Indian journal of veterinary science and animal husbandry - Volume 9,
Year: 1939
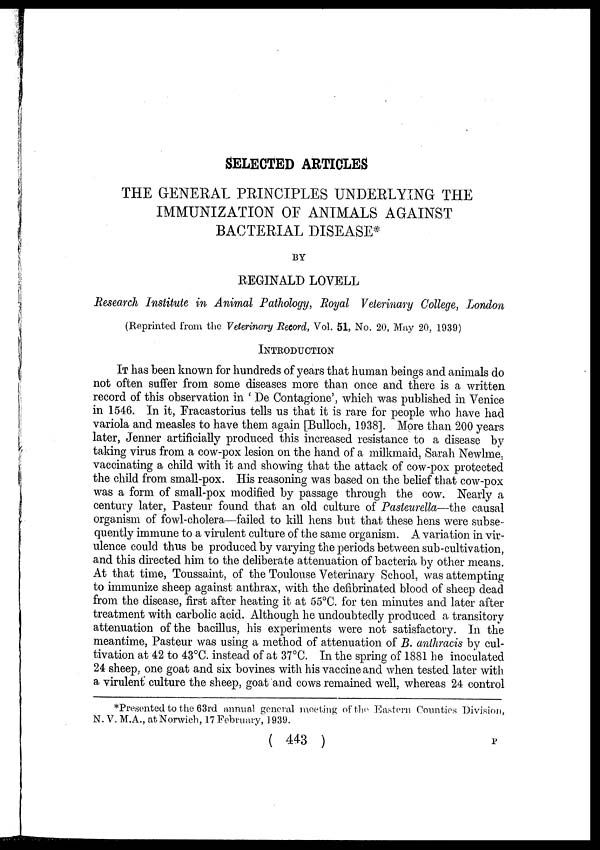
SELECTED ARTICLES
THE GENERAL PRINCIPLES UNDERLYING THE
IMMUNIZATION OF ANIMALS AGAINST
BACTERIAL DISEASE*
BY
REGINALD LOVELL
Research Institute in Animal Pathology, Royal Veterinary College, London
(Reprinted from the Veterinary Record, Vol. 51, No. 20, May 20, 1939)
INTRODUCTION
IT has been known for hundreds of years that human beings and animals do
not often suffer from some diseases more than once and there is a written
record of this observation in ' De Contagione', which was published in Venice
in 1546. In it, Fracastorius tells us that it is rare for people who have had
variola and measles to have them again [Bulloch, 1938]. More than 200 years
later, Jenner artificially produced this increased resistance to a disease by
taking virus from a cow-pox lesion on the hand of a milkmaid, Sarah Newlme,
vaccinating a child with it and showing that the attack of cow-pox protected
the child from small-pox. His reasoning was based on the belief that cow-pox
was a form of small-pox modified by passage through the cow. Nearly a
century later, Pasteur found that an old culture of Pasteurella—the causal
organism of fowl-cholera—failed to kill hens but that these hens were subse-
quently immune to a virulent culture of the same organism. A variation in vir-
ulence could thus be produced by varying the periods between sub-cultivation,
and this directed him to the deliberate attenuation of bacteria by other means.
At that time, Toussaint, of the Toulouse Veterinary School, was attempting
to immunize sheep against anthrax, with the defibrinated blood of sheep dead
from the disease, first after heating it at 55°C. for ten minutes and later after
treatment with carbolic acid. Although he undoubtedly produced a transitory
attenuation of the bacillus, his experiments were not satisfactory. In the
meantime, Pasteur was using a method of attenuation of B. anthracis by cul-
tivation at 42 to 43°C. instead of at 37°C. In the spring of 1881 he inoculated
24 sheep, one goat and six bovines with his vaccine and when tested later with
a virulent culture the sheep, goat and cows remained well, whereas 24 control
*Presented to the 63rd annual general meeting of the Eastern Counties Division,
N. V. M.A., at Norwich, 17 February, 1939.
( 443 )
P